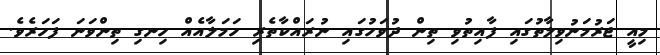
މިއީ ޖަރުމަނުވިލާތުގައި ފާއިތުވި ތިން ދުވަހުގައި ނުރައްކާތެރި ހަމަލާއެއް ހިނގި ތިންވަނަ ފަހަރެވެ.